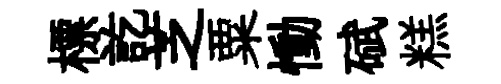
標訖芝粟慟碔糕